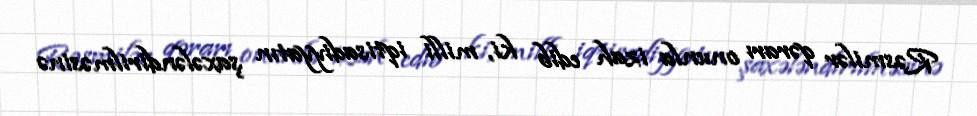
Rəsmilər qərarı onunla izah edib ki, milli iqtisadiyyatın şaxələndirilməsinə